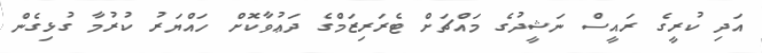
އަދި ކުރީގެ ރައީސް ނަޝީދުގެ މައްޗަށް ޓެރަރިޒަމްގެ ދަޢުވާކޮށް ހައްޔަރު ކުރުމާ ގުޅިގެން